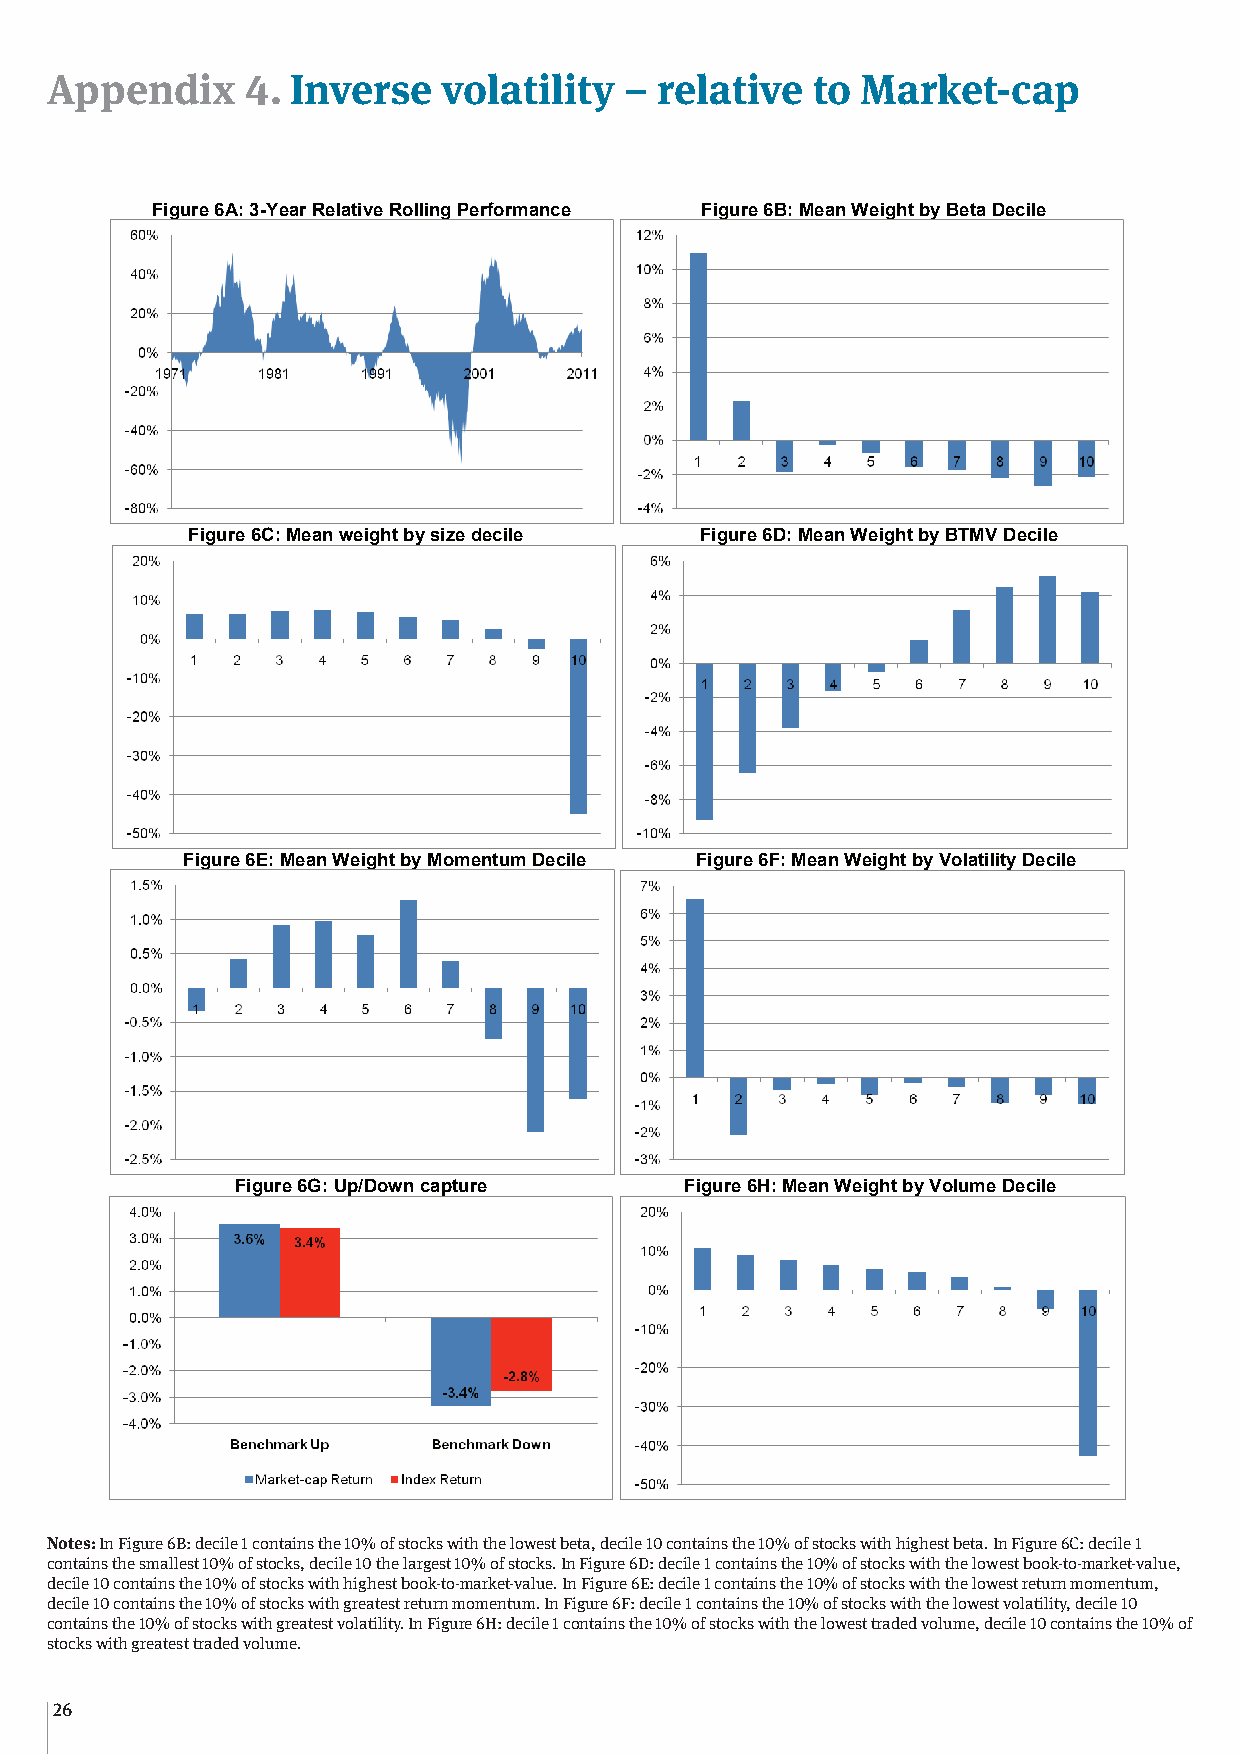
Appendix     4. Inverse   volatility  –  relative  to Market-cap
 Appendix 4: Inverse volatility – relative to Market-cap
 Figure 6A: 3-Year Relative Rolling Performance Figure 6B: Mean Weight by Beta Decile
 Figure 6C: Mean weight by size decile Figure 6D: Mean Weight by BTMV Decile
 Figure 6E: Mean Weight by Momentum Decile Figure 6F: Mean Weight by Volatility Decile
 Figure 6G: Up/Down capture   Figure 6H: Mean Weight by Volume Decile
 Notes: In Figure 6B: decile 1 contains the 10% of stocks with the lowest beta, decile 10 contains the 10% of stocks with highest
 Notes: In Figure 6B: decile 1 contains the 10% of stocks with the lowest beta, decile 10 contains the 10% of stocks with highest beta. In Figure 6C: decile 1
 beta. In Figure 6C: decile 1 contains the smallest 10% of stocks, decile 10 the largest 10% of stocks. In Figure 6D: decile 1
 contains the smallest 10% of stocks, decile 10 the largest 10% of stocks. In Figure 6D: decile 1 contains the 10% of stocks with the lowest book-to-market-value,
 contains the 10% of stocks with the lowest book-to-market-value, decile 10 contains the 10% of stocks with highest book-to-
 decile 10 contains the 10% of stocks with highest book-to-market-value. In Figure 6E: decile 1 contains the 10% of stocks with the lowest return momentum,
 market-value. In Figure 6E: decile 1 contains the 10% of stocks with the lowest return momentum, decile 10 contains the 10%
 decile 10 contains the 10% of stocks with greatest return momentum. In Figure 6F: decile 1 contains the 10% of stocks with the lowest volatility, decile 10
 contaionfs sthtoec 1k0s% w oift sht ogcrkesa wteitsht grreetauternst mvoolamtielitnyt.u Imn F. i gIunr eF 6igHu: rdee c6ilFe: 1 d ceocnitlaei n1s tchoen 1t0a%in so f tshteoc 1ks0 w%i tho ft hseto locwkses wt tirtahd tehde v ololuwmees,t d veocillaet i1l0it yc,o ndteacinilse t h1e0 1 0% of
 stocksc wointhta ginresa ttehset tr1a0d%ed ovof lsutmoec.ks with greatest volatility. In Figure 6H: decile 1 contains the 10% of stocks with the lowest traded
 volume, decile 10 contains the 10% of stocks with greatest traded volume.
 26
 36